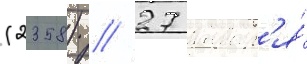
(2358) // 27 январ'я́